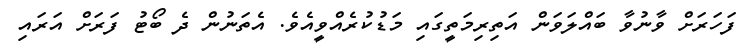
ފަހަރަށް ވާނުވާ ބައްލަވަން އަތިރިމަތީގައި މަޑުކުރެއްވީއެވެ. އެތަނުން ދެ ބޯޓު ފަރަށް އަރައި